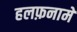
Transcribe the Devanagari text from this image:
हलफ़नामे